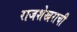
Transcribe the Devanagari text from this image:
राजशेखराची